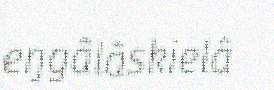
eŋgâlâskielâ